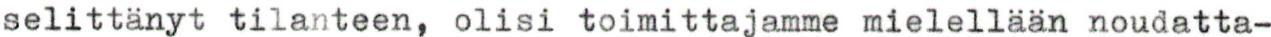
selittänyt tilanteen, olisi toimittajamme mielellään noudatta-